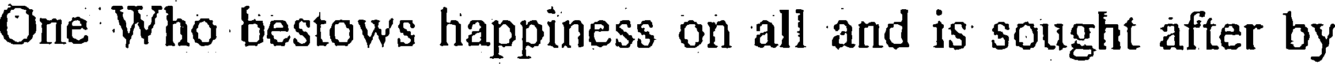
One Who bestows happiness on all and is sought after by